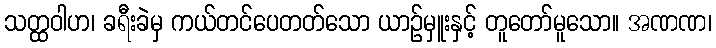
သတ္ထဝါဟ၊ ခရီးခဲမှ ကယ်တင်ပေတတ်သော ယာဉ်မှူးနှင့် တူတော်မူသော။ အဏဏ၊